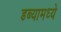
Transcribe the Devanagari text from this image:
डब्यामध्ये